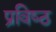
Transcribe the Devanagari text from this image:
प्रविष्‍ठ